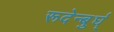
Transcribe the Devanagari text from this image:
रूदेन्बुर्घ्